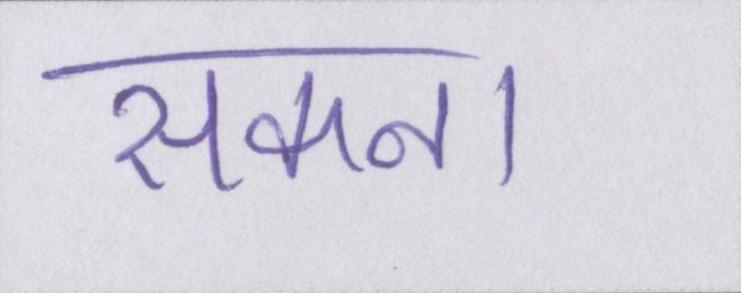
सकना